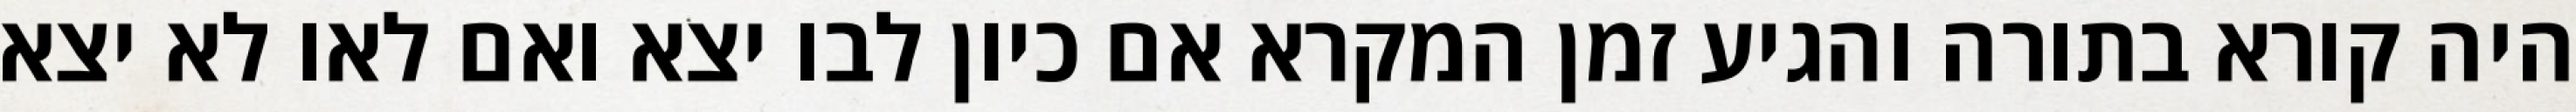
היה קורא בתורה והגיע זמן המקרא אם כיון לבו יצא ואם לאו לא יצא